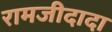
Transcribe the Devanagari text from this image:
रामजीदादा